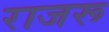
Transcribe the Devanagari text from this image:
राजरू